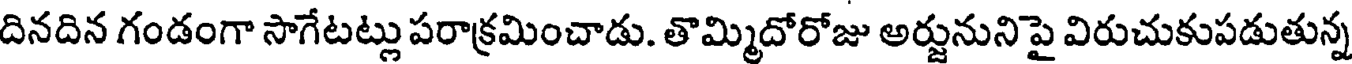
దినదిన గండంగా సాగేటట్లు పరాక్రమించాడు. తొమ్మిదోరోజు అర్జునునిపై విరుచుకుపడుతున్న